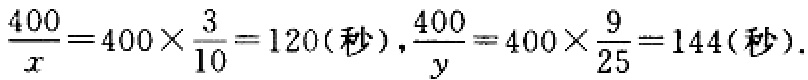
$\frac{400}{x}=400\times\frac{3}{10}=120(秒),\frac{400}{y}=400\times\frac{9}{25}=144(秒).$